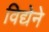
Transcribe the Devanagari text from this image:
विद्येने